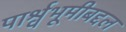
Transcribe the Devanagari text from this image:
पार्श्वभूमीबद्दल